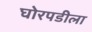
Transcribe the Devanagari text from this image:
घोरपडीला